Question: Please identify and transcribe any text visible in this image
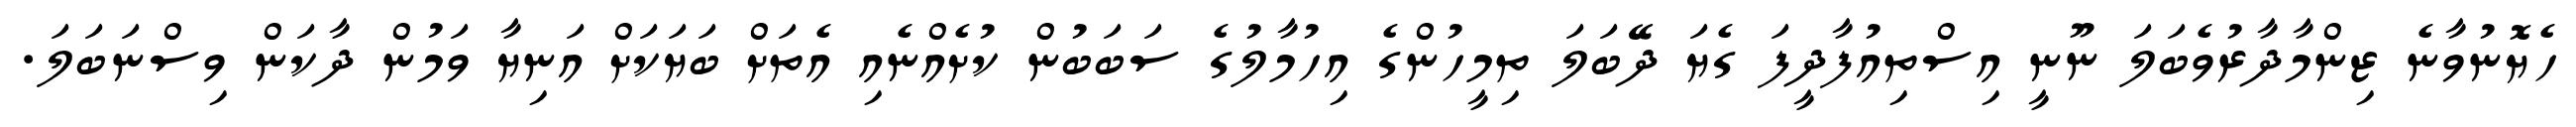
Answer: ހެޔޮނުވާނެ ޒިންމާދާރުވެބަލަ ނޫނީ އިސްތިއުފާދީފަ ގެޔަ ދޭބަލަ ތިމީހުންގެ އިހުމާލުގެ ސަބަބުން ކުށެއްނެއި އެތަށް ބަޔަކަށް އަނިޔާ ވަމުން ދާކަން ވިސްނަބަލަ.